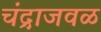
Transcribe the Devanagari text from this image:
चंद्राजवळ